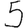
Digit: 5